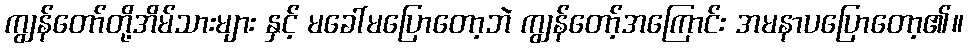
ကျွန်တော်တို့အိမ်သားများ နှင့် မခေါ်မပြောတော့ဘဲ ကျွန်တော့်အကြောင်း အမနာပပြောတော့၏။